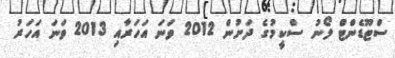
ސްޓޫޑެންޓް ލޯނު ސްކީމުގެ ދަށުން 2012 ވަނަ އަހަރާއި 2013 ވަނަ އަހަރު